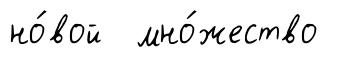
но́вой мно́жество